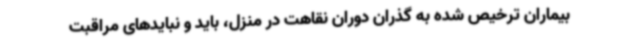
بیماران ترخیص شده به گذران دوران نقاهت در منزل، باید و نبایدهای مراقبت